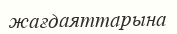
жағдаяттарына